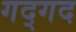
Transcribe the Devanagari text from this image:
गद्गद